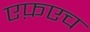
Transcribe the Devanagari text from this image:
एफ़एच